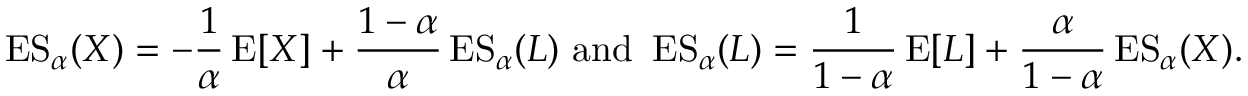
\operatorname { E S } _ { \alpha } ( X ) = - { \frac { 1 } { \alpha } } \operatorname { E } [ X ] + { \frac { 1 - \alpha } { \alpha } } \operatorname { E S } _ { \alpha } ( L ) { \mathrm { ~ a n d ~ } } \operatorname { E S } _ { \alpha } ( L ) = { \frac { 1 } { 1 - \alpha } } \operatorname { E } [ L ] + { \frac { \alpha } { 1 - \alpha } } \operatorname { E S } _ { \alpha } ( X ) .